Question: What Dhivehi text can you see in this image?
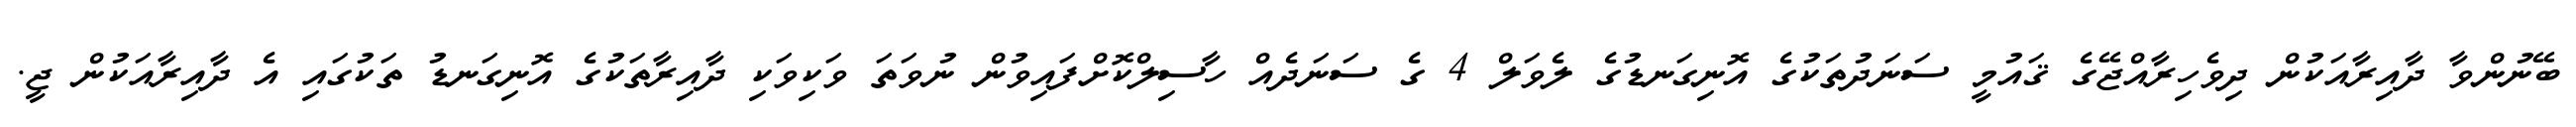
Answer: ބޭނުންވާ ދާއިރާއަކުން ދިވެހިރާއްޖޭގެ ޤައުމީ ސަނަދުތަކުގެ އޮނިގަނޑުގެ ލެވަލް 4 ގެ ސަނަދެއް ހާސިލްކޮށްފައިވުން ނުވަތަ ވަކިވަކި ދާއިރާތަކުގެ އޮނިގަނޑު ތަކުގައި އެ ދާއިރާއަކުން ޖީ.